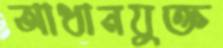
আধানযুক্ত